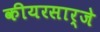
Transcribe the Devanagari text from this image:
कीयरसार्जे